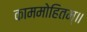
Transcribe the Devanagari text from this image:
काममोहितम्॥